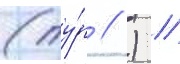
(ту́р // ) //